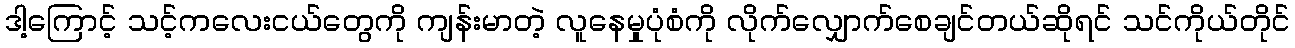
ဒါ့ကြောင့် သင့်ကလေးငယ်တွေကို ကျန်းမာတဲ့ လူနေမှုပုံစံကို လိုက်လျှောက်စေချင်တယ်ဆိုရင် သင်ကိုယ်တိုင်